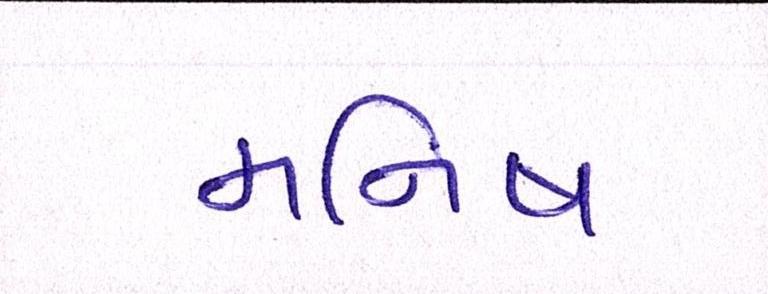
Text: મનિષ